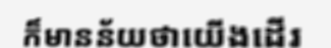
ក៏មានន័យថាយើងដើរ